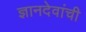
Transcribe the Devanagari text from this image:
ज्ञानदेवांची